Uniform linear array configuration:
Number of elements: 16
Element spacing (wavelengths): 0.25
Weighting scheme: hann
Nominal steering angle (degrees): -30
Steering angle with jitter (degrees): -30.619
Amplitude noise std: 0.05
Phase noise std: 0.05

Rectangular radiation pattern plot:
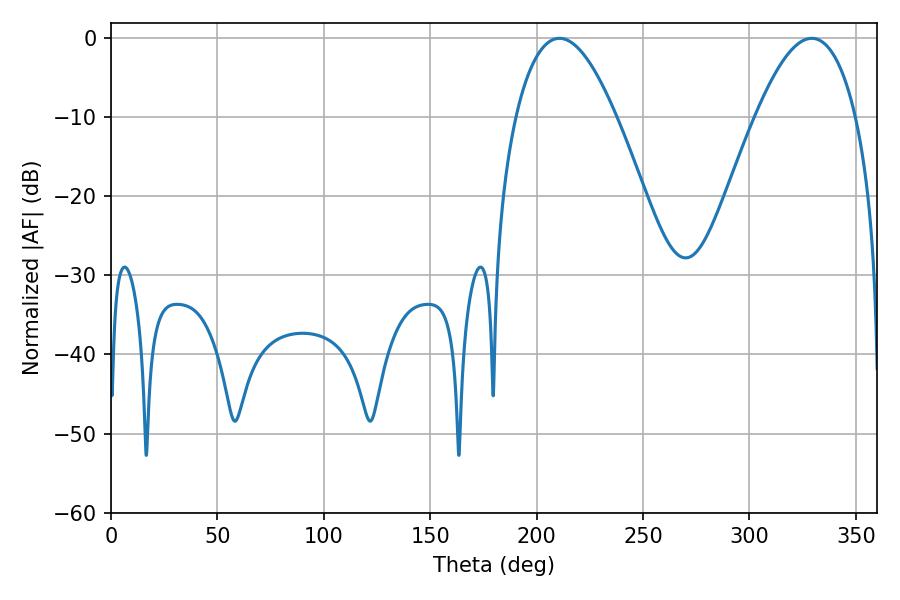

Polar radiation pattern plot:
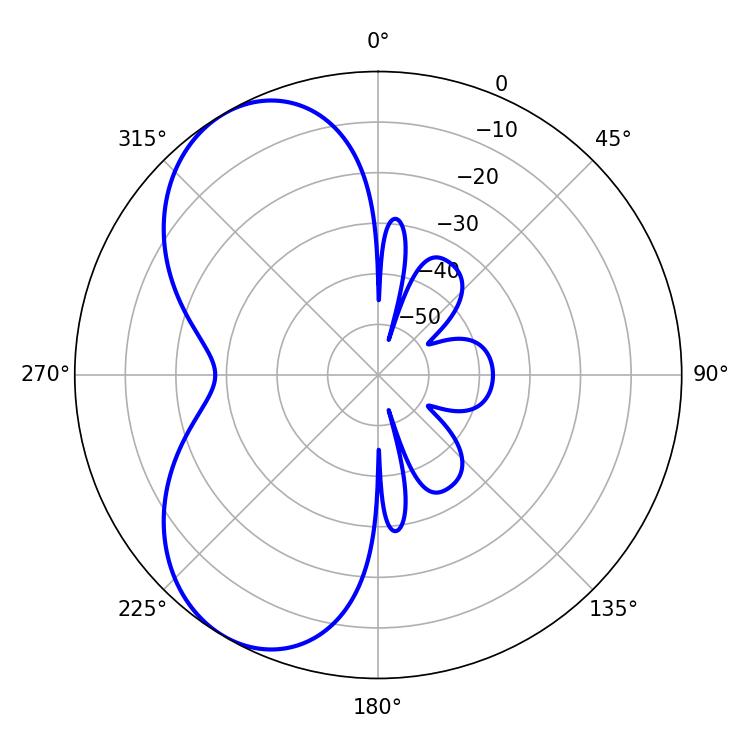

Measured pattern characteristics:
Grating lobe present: FALSE
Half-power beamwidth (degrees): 25.92
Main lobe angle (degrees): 210.78